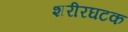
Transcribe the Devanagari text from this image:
शरीरघटक